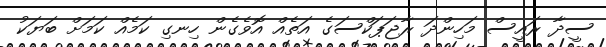
ސީދާ ރައީސް މަހިންދަ ރާޖަޕަކްސަގެ އަތެއް އޮވެގެން ހިނގި ކަމެއް ކަމަށް ބަޔަކު